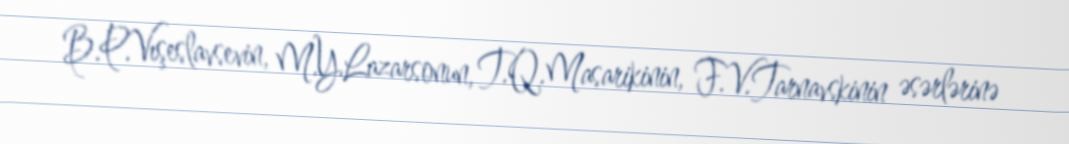
B.P.Vışeslavsevin, M.Y.Lazarsonun, T.Q.Masarikinin, F.V.Tarnavskinin əsərlərinə